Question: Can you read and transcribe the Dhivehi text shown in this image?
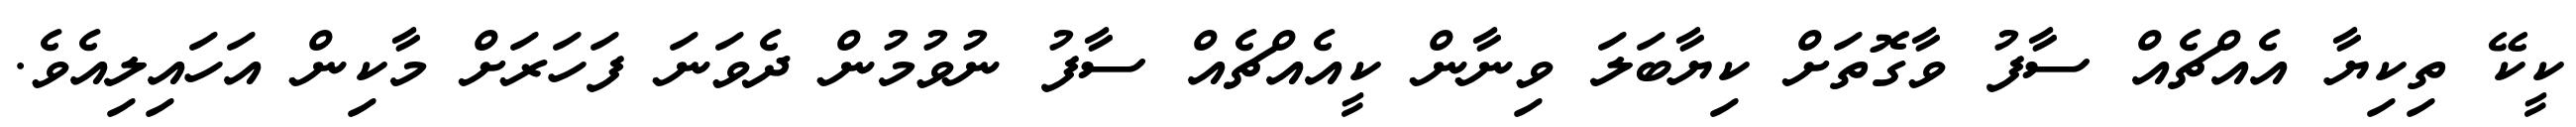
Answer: ކީކޭ ތިކިޔާ އެއްޗެއް ސާފު ވާގޮތަށް ކިޔާބަލަ ވިނާން ކީއެއްޗެއް ސާފު ނުވުމުން ދެވަނަ ފަހަރަށް މާކިން އަހައިލިއެވެ.